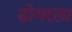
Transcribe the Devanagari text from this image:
डोगरला